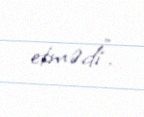
etmədi".